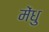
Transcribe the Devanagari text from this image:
मेंधु